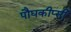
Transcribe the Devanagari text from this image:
पौघकीप्सी